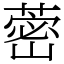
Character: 蔤